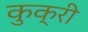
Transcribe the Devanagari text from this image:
कुक्री